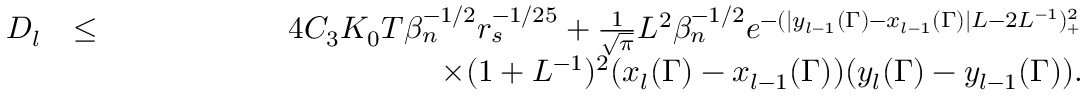
\begin{array} { r l r } { D _ { l } } & { \leq } & { 4 C _ { 3 } K _ { 0 } T \beta _ { n } ^ { - 1 \slash 2 } r _ { s } ^ { - 1 \slash 2 5 } + \frac { 1 } { \sqrt { \pi } } L ^ { 2 } \beta _ { n } ^ { - 1 \slash 2 } e ^ { - ( | y _ { l - 1 } ( \Gamma ) - x _ { l - 1 } ( \Gamma ) | L - 2 L ^ { - 1 } ) _ { + } ^ { 2 } } } \\ & { } & { \quad \quad \quad \quad \quad \quad \quad \quad \quad \quad \times ( 1 + L ^ { - 1 } ) ^ { 2 } ( x _ { l } ( \Gamma ) - x _ { l - 1 } ( \Gamma ) ) ( y _ { l } ( \Gamma ) - y _ { l - 1 } ( \Gamma ) ) . } \end{array}